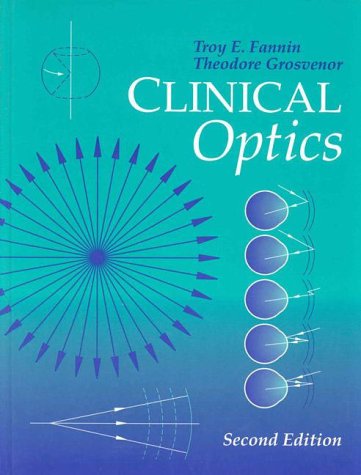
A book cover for Clinical Optics, 2e; Troy Fannin OD; Medical Books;